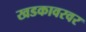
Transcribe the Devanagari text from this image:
खडकावरवर